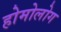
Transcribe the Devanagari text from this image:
होमोलोग